Lunatic asylums Burma 1907-21 - 1907-1921
Year: 1907
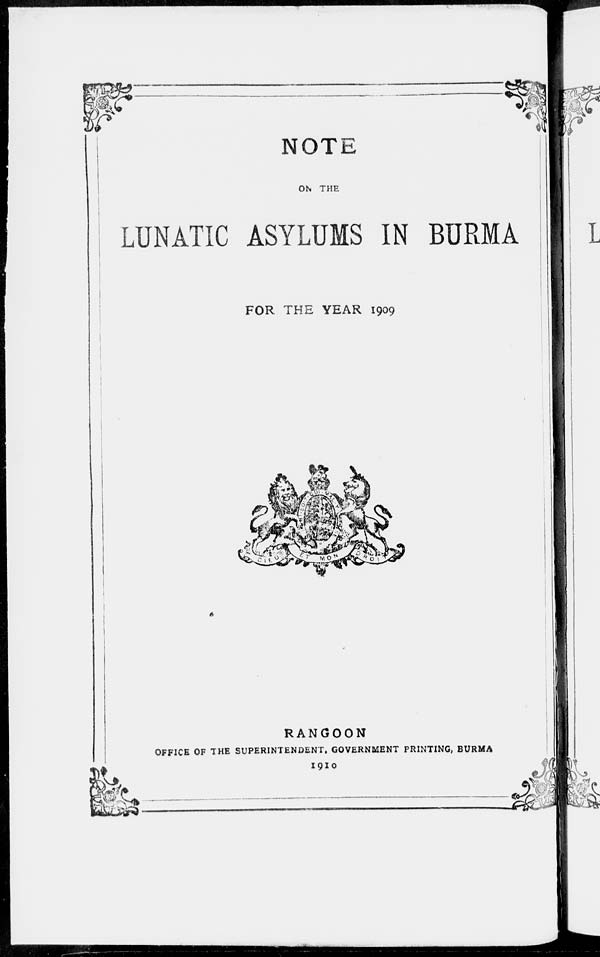
NOTE
ON THE
LUNATIC ASYLUMS IN BURMA
FOR THE YEAR 1909
RANGOON
OFFICE OF THE SUPERINTENDENT, GOVERNMENT PRINTING, BURMA
1910